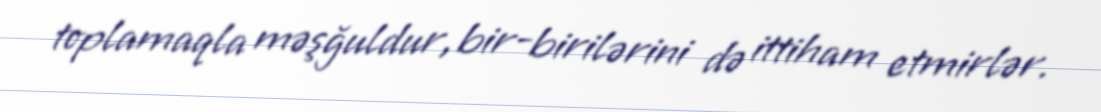
toplamaqla məşğuldur, bir-birilərini də ittiham etmirlər.